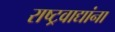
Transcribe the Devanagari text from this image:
राष्ट्रवाद्यांना